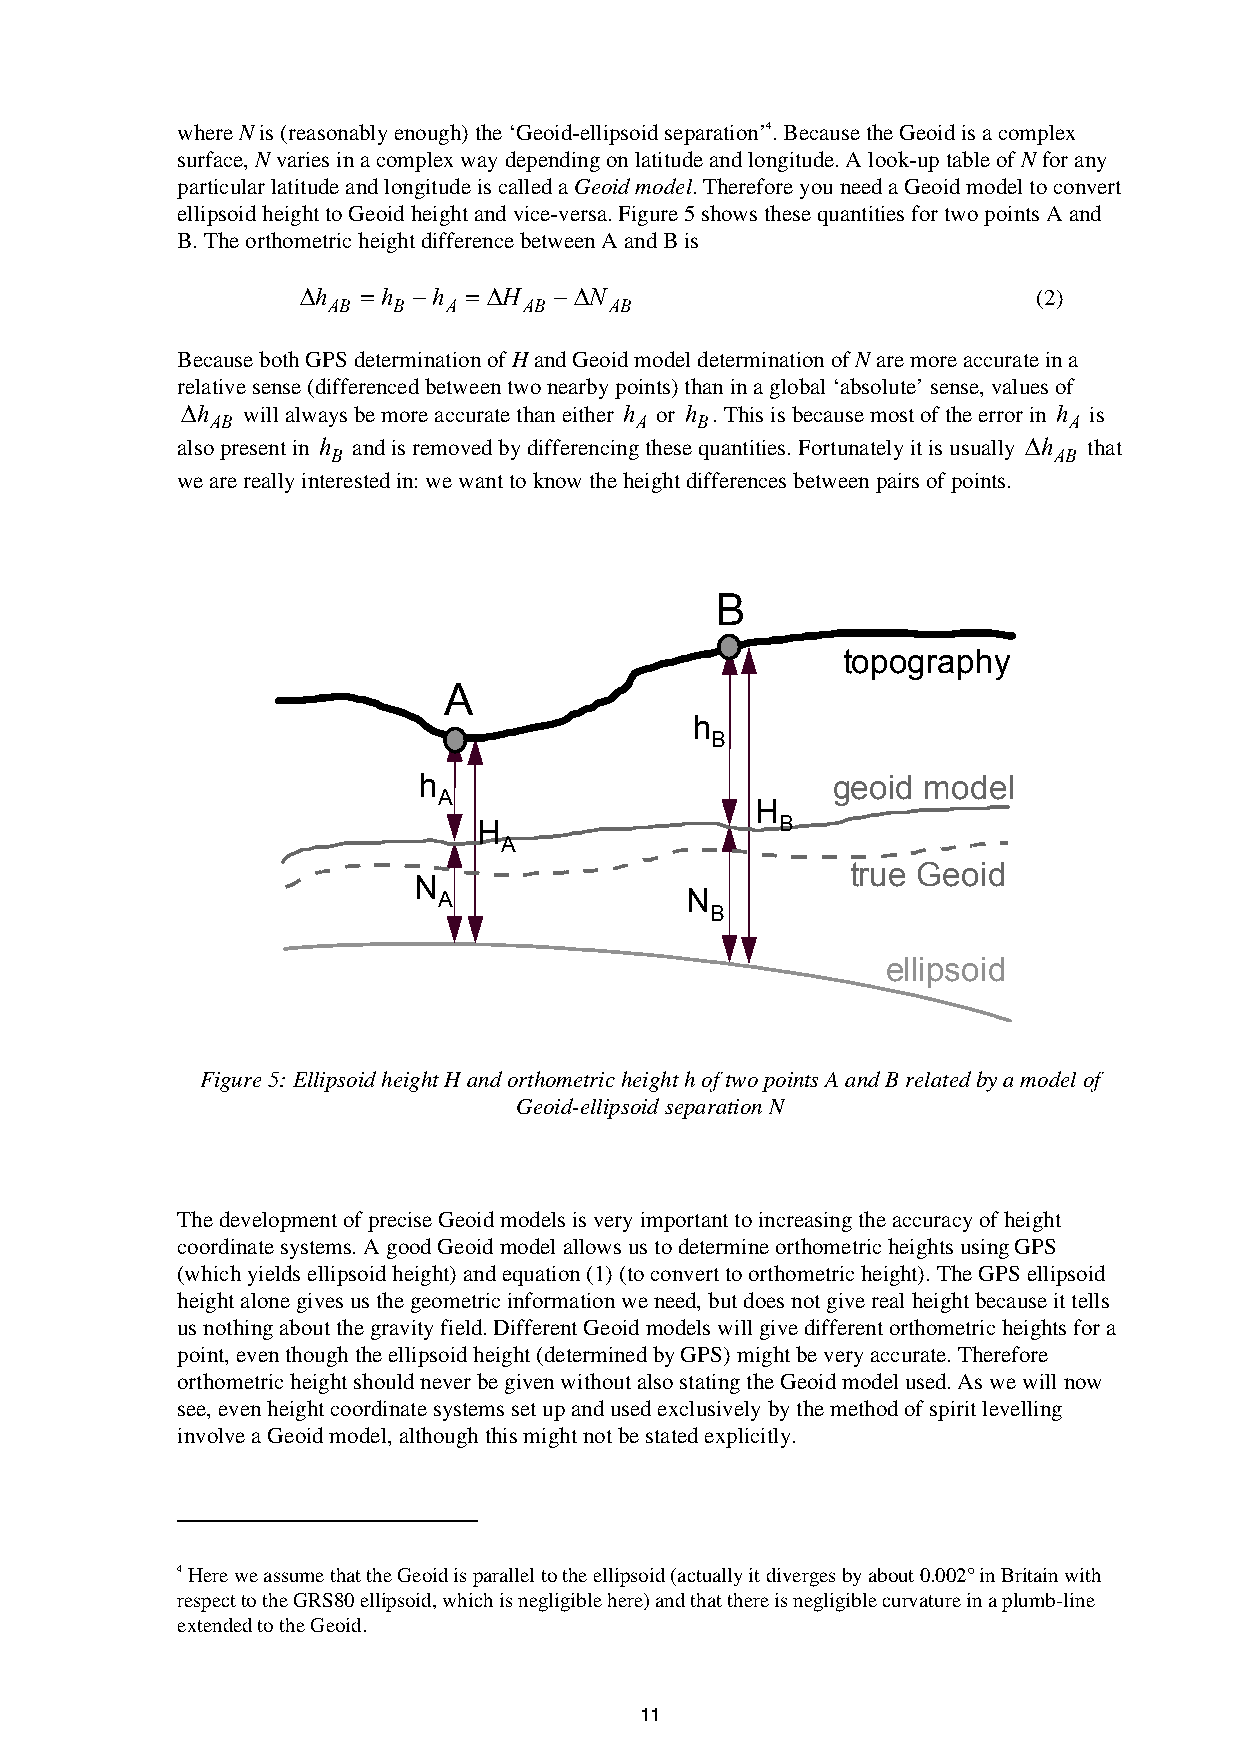
where N is (reasonably enough) the ‘Geoid-ellipsoid separation’4. Because the Geoid is a complex
 surface, N varies in a complex way depending on latitude and longitude. A look-up table of N for any
 particular latitude and longitude is called a Geoid model. Therefore you need a Geoid model to convert
 ellipsoid height to Geoid height and vice-versa. Figure 5 shows these quantities for two points A and
 B. The orthometric height difference between A and B is
 ∆h  = h −h = ∆H  −∆N                             (2)
 AB  B  A     AB   AB
 Because both GPS determination of H and Geoid model determination of N are more accurate in a
 relative sense (differenced between two nearby points) than in a global ‘absolute’ sense, values of
 ∆h  will always be more accurate than either h or h . This is because most of the error in h is
 AB                          A   B                        A
 also present in h and is removed by differencing these quantities. Fortunately it is usually ∆h that
 B                                               AB
 we are really interested in: we want to know the height differences between pairs of points.
 B
 topography
 A
 h
 B
 h                          geoid model
 A
 H
 H                   B
 A
 true Geoid
 N
 A               N
 B
 ellipsoid
 Figure 5: Ellipsoid height H and orthometric height h of two points A and B related by a model of
 Geoid-ellipsoid separation N
 The development of precise Geoid models is very important to increasing the accuracy of height
 coordinate systems. A good Geoid model allows us to determine orthometric heights using GPS
 (which yields ellipsoid height) and equation (1) (to convert to orthometric height). The GPS ellipsoid
 height alone gives us the geometric information we need, but does not give real height because it tells
 us nothing about the gravity field. Different Geoid models will give different orthometric heights for a
 point, even though the ellipsoid height (determined by GPS) might be very accurate. Therefore
 orthometric height should never be given without also stating the Geoid model used. As we will now
 see, even height coordinate systems set up and used exclusively by the method of spirit levelling
 involve a Geoid model, although this might not be stated explicitly.
 4 Here we assume that the Geoid is parallel to the ellipsoid (actually it diverges by about 0.002° in Britain with
 respect to the GRS80 ellipsoid, which is negligible here) and that there is negligible curvature in a plumb-line
 extended to the Geoid.
 11